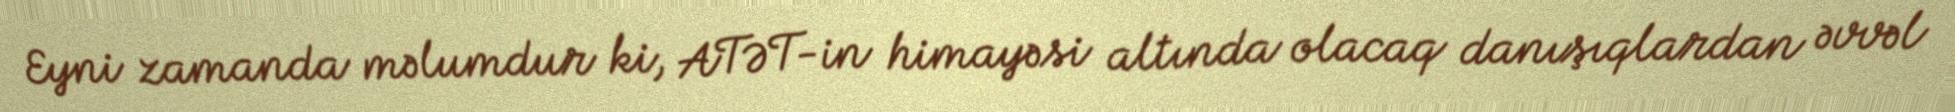
Eyni zamanda məlumdur ki, ATƏT-in himayəsi altında olacaq danışıqlardan əvvəl